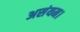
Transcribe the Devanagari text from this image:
असंयम।